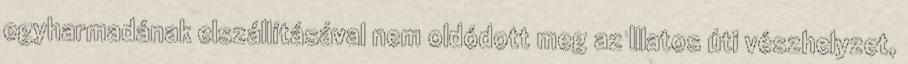
egyharmadának elszállításával nem oldódott meg az Illatos úti vészhelyzet,